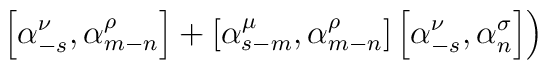
\left. \left[ {\alpha}_{-s}^{\nu}, {\alpha}_{m-n}^{\rho} \right] +\left[ {\alpha}_{s-m}^{\mu}, {\alpha}_{m-n}^{\rho} \right] \left[{\alpha}_{-s}^{\nu}, {\alpha}_n^{\sigma} \right] \right)